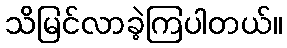
သိမြင်လာခဲ့ကြပါတယ်။